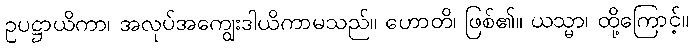
ဥပဋ္ဌာယိကာ၊ အလုပ်အကျွေးဒါယိကာမသည်။ ဟောတိ၊ ဖြစ်၏။ ယသ္မာ၊ ထို့ကြောင့်။